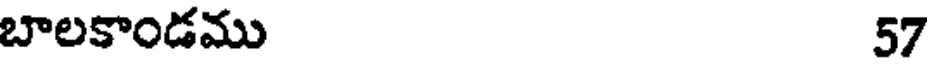
బాలకాండము 57